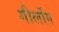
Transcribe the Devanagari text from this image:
गीलोंग